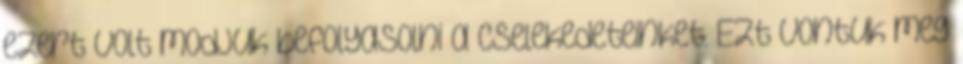
ezert volt modjuk befolyasolni a cselekedeteinket. Ezt vontuk meg